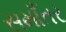
સમાઁતર